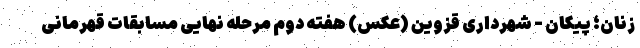
زنان؛ پیکان - شهرداری قزوین (عکس) هفته دوم مرحله نهایی مسابقات قهرمانی